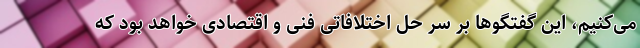
می‌کنیم، این گفتگوها بر سر حل اختلافاتی فنی و اقتصادی خواهد بود که